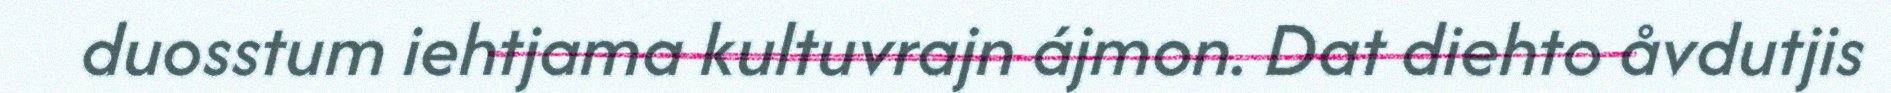
duosstum iehtjama kultuvrajn ájmon. Dat diehto åvdutjis